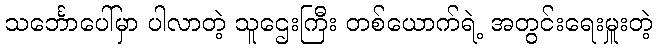
သင်္ဘောပေါ်မှာ ပါလာတဲ့ သူဌေးကြီး တစ်ယောက်ရဲ့ အတွင်းရေးမှူးတဲ့